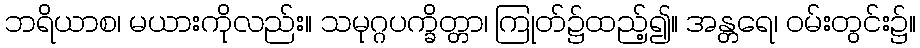
ဘရိယာစ၊ မယားကိုလည်း။ သမုဂ္ဂပက္ခိတ္တာ၊ ကြုတ်၌ထည့်၍။ အန္တရေ၊ ဝမ်းတွင်း၌။